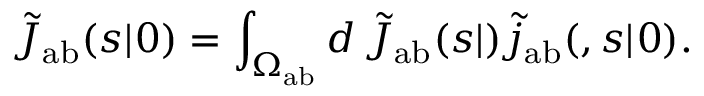
\tilde { J } _ { \mathrm { { a b } } } ( s | \r _ { 0 } ) = \int _ { \Omega _ { \mathrm { { a b } } } } d \r \, \tilde { J } _ { \mathrm { { a b } } } ( s | \r ) \tilde { j } _ { \mathrm { { a b } } } ( \r , s | \r _ { 0 } ) .